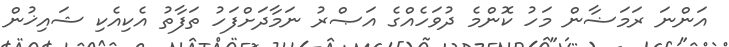
އަންނަ ރަމަޟާން މަހު ކޮންމެ ދުވަހެއްގެ އަޞްރު ނަމާދަށްފަހު ތަފާތު އެކިއެކި ޝައިޚުން